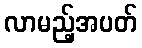
လာမည့်အပတ်